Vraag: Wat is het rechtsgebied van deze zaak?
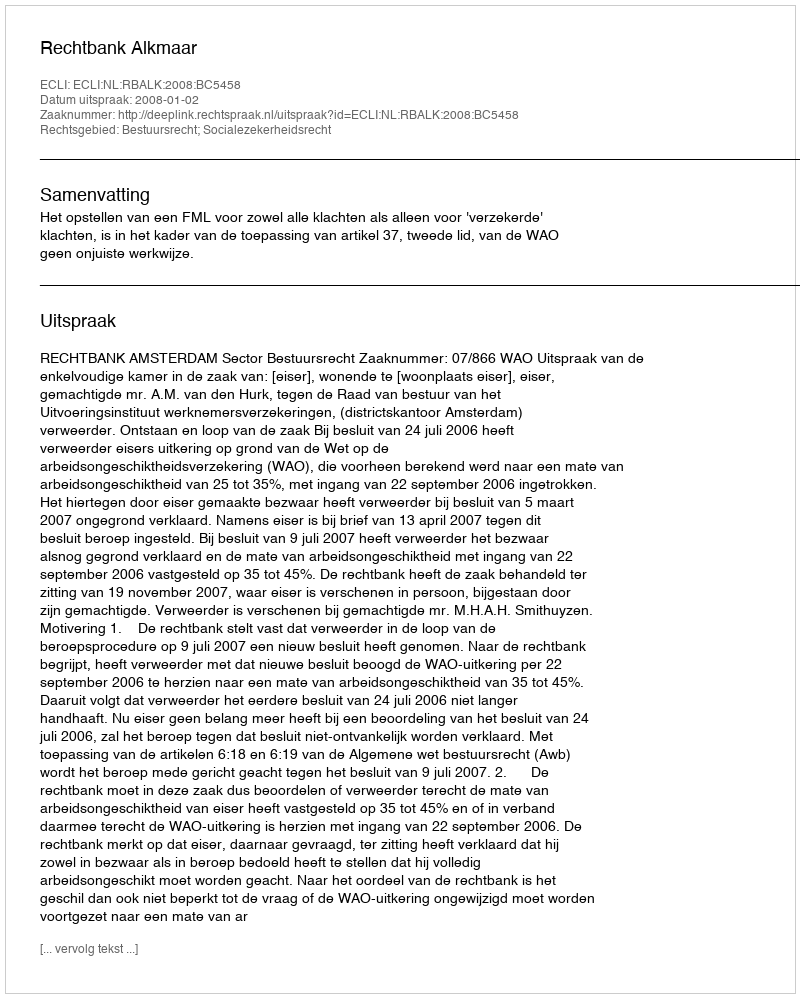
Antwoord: Bestuursrecht; Socialezekerheidsrecht